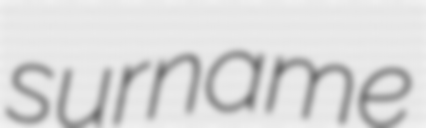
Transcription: surname